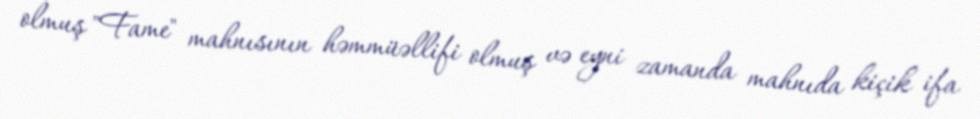
olmuş "Fame" mahnısının həmmüəllifi olmuş və eyni zamanda mahnıda kiçik ifa